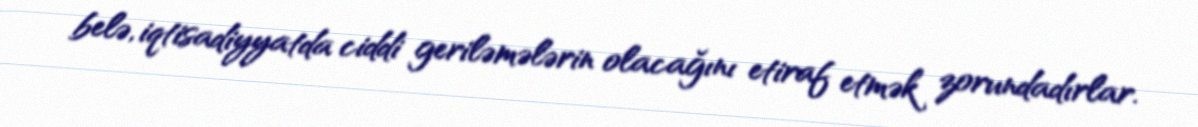
belə, iqtisadiyyatda ciddi geriləmələrin olacağını etiraf etmək zorundadırlar.